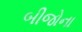
બીજોના